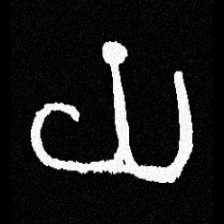
Pyu character \u2014 Myanmar letter: ယ (romanized: ya)